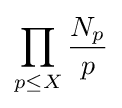
\prod _{p\leq X}{\frac {N_{p}}{p}}